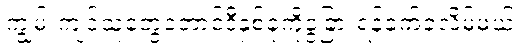
ကျွမ်းကျင်သူတွေတောင်ဒီနှစ်ခုကိုခွဲခြားရန်ခက်ခဲလိမ့်မယ်။